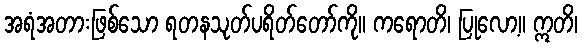
အရံအတားဖြစ်သော ရတနသုတ်ပရိတ်တော်ကို။ ကရောတိ၊ ပြုလော့။ ဣတိ၊